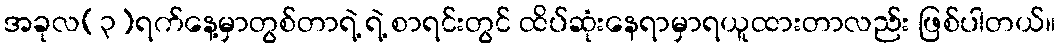
အခုလ(၃)ရက်နေ့မှာတွစ်တာရဲ့ ရဲ့ စာရင်းတွင် ထိပ်ဆုံးနေရာမှာရယူထားတာလည်း ဖြစ်ပါတယ်။